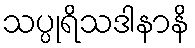
သပ္ပုရိသဒါနာနိ